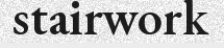
stairwork